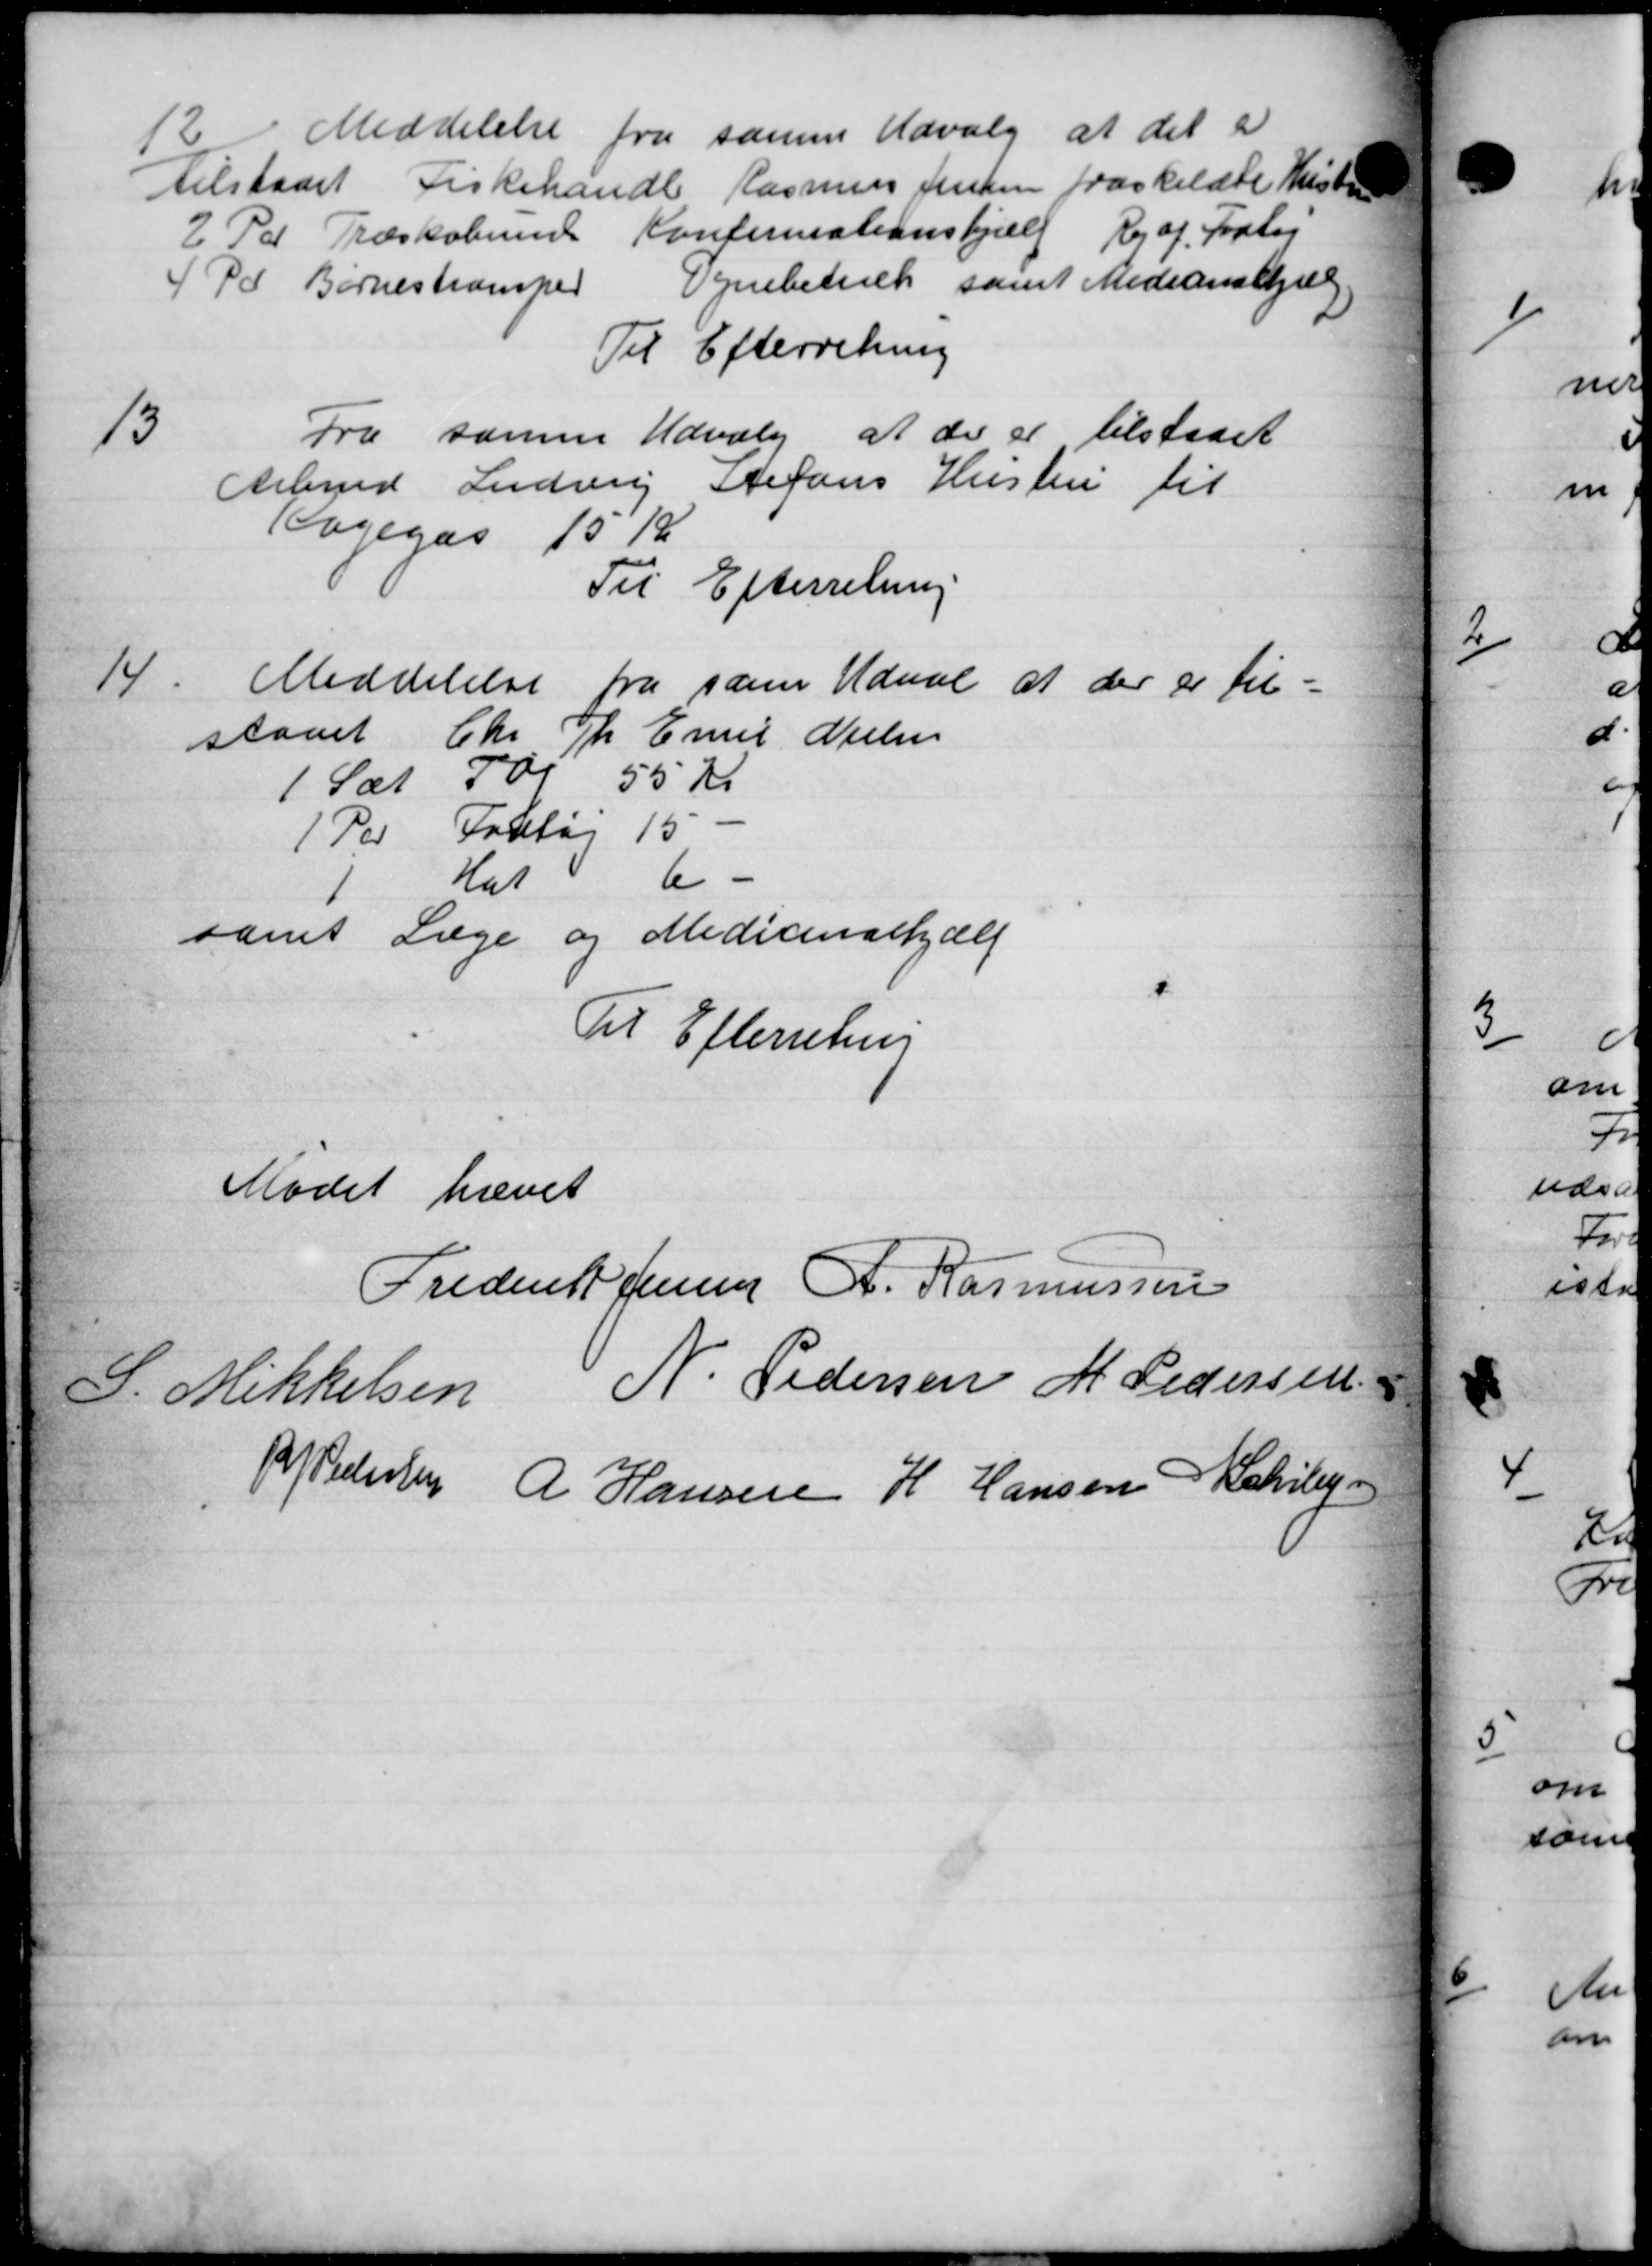
Transskription:
12
Meddelelse fra samme Udvalg at det er
tilstaaet Fiskehandle Rasmus Jensen fraskildte Hustr
2 Til Træskobine Konfirmationshjælp Kr af Forhøj
 Pd Børnestramper Vejnebetræk samt Medicinskjell
Til Efterretning
13
Fra samme Udvalg at der er tilstaaet
Arbmd Ludsing Stefans Hustru til
Vagegas 10 Kr.
Til Efterretning
14
Meddelelse fra sam Udval at der er til-
staaet Chr Th. Emil Nielsen
1 Sæt Tøj 55 Kr.
1 Per Forlag 15
Kat 6 -
samt Læge og Medicinalhjælp
Til Efterretning
Mødet hævet
Frederik Jensen R. Rasmussen
S. Mikkelsen N. Pedersen M Pedersen
R P Pedersen A Hansen H Hansen Schilejen